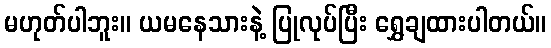
မဟုတ်ပါဘူး။ ယမနေသားနဲ့ ပြုလုပ်ပြီး ရွှေချထားပါတယ်။